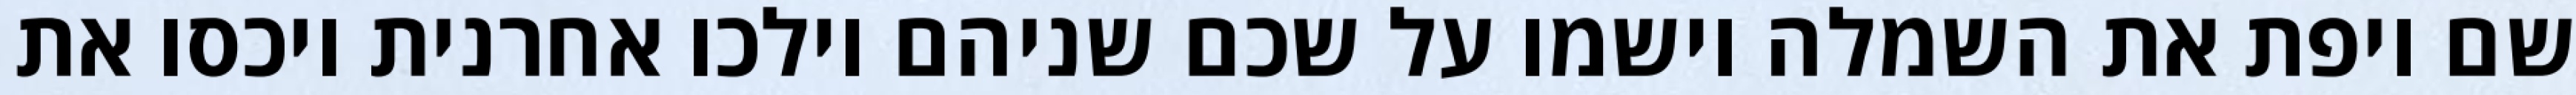
שם ויפת את השמלה וישמו על שכם שניהם וילכו אחרנית ויכסו את